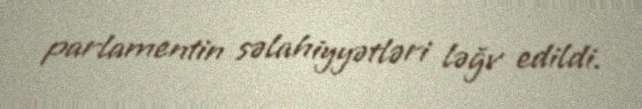
parlamentin səlahiyyətləri ləğv edildi.